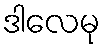
ဒါလေမု